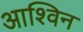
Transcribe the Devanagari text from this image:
आश्‍विन